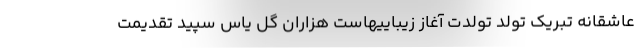
عاشقانه تبریک تولد تولدت آغاز زیباییهاست هزاران گل یاس سپید تقدیمت